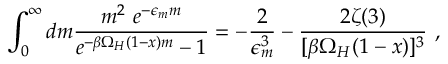
\int _ { 0 } ^ { \infty } d m \frac { m ^ { 2 } ~ e ^ { - \epsilon _ { m } m } } { e ^ { - \beta \Omega _ { H } ( 1 - x ) m } - 1 } = - \frac { 2 } { \epsilon _ { m } ^ { 3 } } - \frac { 2 \zeta ( 3 ) } { [ \beta \Omega _ { H } ( 1 - x ) ] ^ { 3 } } ~ ,